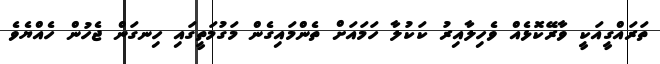
ތަރައްގީއަކީ ވާރޭކޮޅެއް ވެހިލާއިރު ކަކުލާ ހަމައަށް ތެންމައިގެން މަގުމަތީގައި ހިނގަން ޖެހުން ހެއްޔެވެ